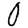
Digit: 0